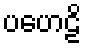
ပဟေဠိ